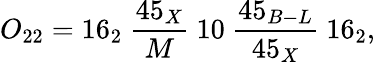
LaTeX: O_{22}=16_{2}\ {\frac{45_{X}}{M}}\ 10\ {\frac{45_{B-L}}{45_{X}}}\ 16_{2},